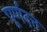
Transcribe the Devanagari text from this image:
पूर्णदत्त